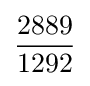
{\frac {2889}{1292}}